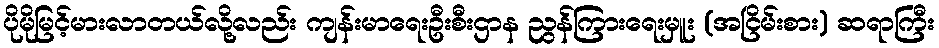
ပိုမိုမြင့်မားလာတယ်လို့လည်း ကျန်းမာရေးဦးစီးဌာန ညွန်ကြားရေးမှူး (အငြိမ်းစား) ဆရာကြီး